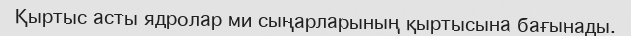
Қыртыс асты ядролар ми сыңарларының қыртысына бағынады.